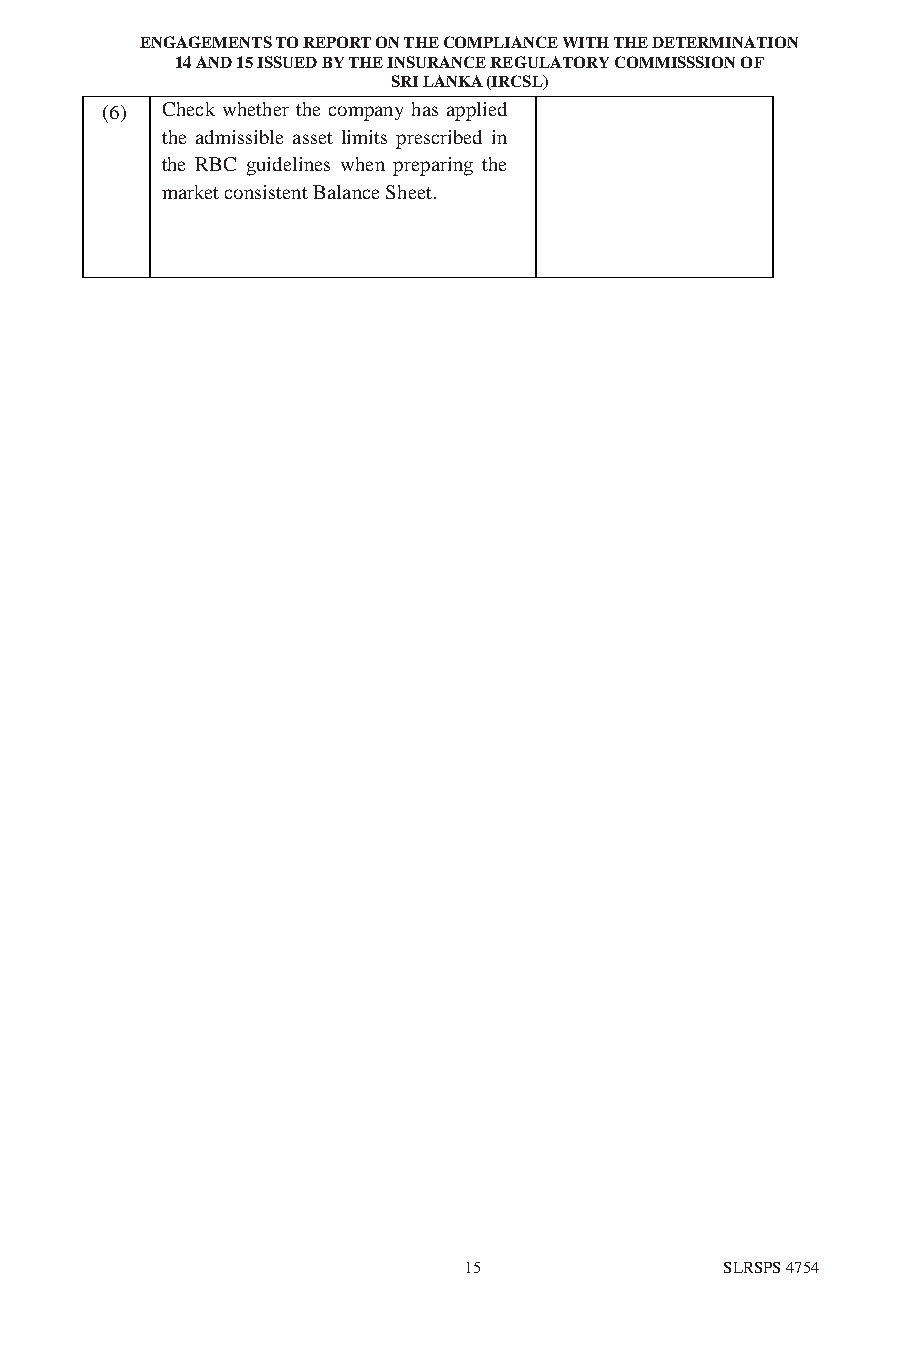
ENGAGEMENTS TO REPORT ON THE COMPLIANCE WITH THE DETERMINATION
 14 AND 15 ISSUED BY THE INSURANCE REGULATORY COMMISSSION OF
 SRI LANKA (IRCSL)
 (6) Check whether the company has app lied
 the admissible asset limits prescribed in
 the RBC guidelines when preparing the
 market consistent Balance Sheet.
 15               SLRSPS 4754